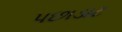
પછાડાટ